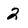
Character: 2